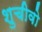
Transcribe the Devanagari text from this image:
शुचीवो